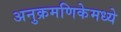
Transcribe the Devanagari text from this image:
अनुक्रमणिकेमध्ये